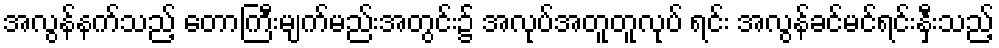
အလွန်နက်သည့် တောကြီးမျက်မည်းအတွင်း၌ အလုပ်အတူတူလုပ် ရင်း အလွန်ခင်မင်ရင်းနှီးသည့်